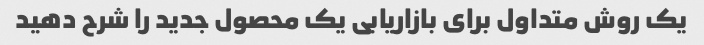
یک روش متداول برای بازاریابی یک محصول جدید را شرح دهید